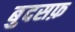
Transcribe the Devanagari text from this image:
बुदसफ़